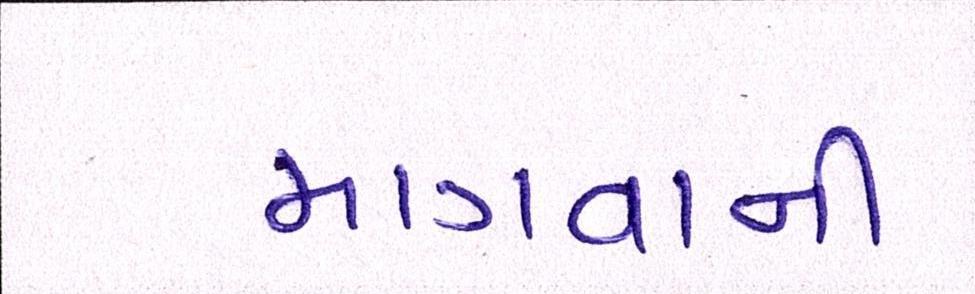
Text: માગવાની